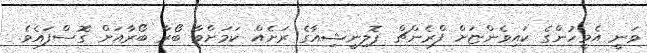
ވަނީ އެމީހުންގެ ކައިވެންޏަށް ފްރެންޗް ޕޮލިނީޝިއާގެ ރަށެއް ކަމަށްވާ ބޯރާ ބޯރާއަށް ގޮސްފައެވެ.